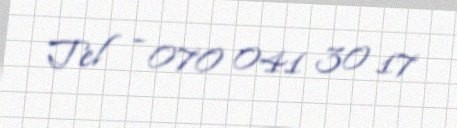
Tel - 070 041 30 17